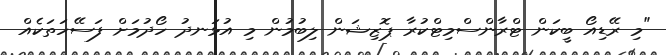
"މި ރޭޑިއޯ ބީކަން ޓްރާންސްމިޓްކުރާ ޕޮޒިޝަން ލިބުމުން މި އުޅަނދު ހޯދުމަށް ފަސޭހަތަކެއް